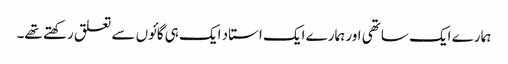
ہمارے ایک ساتھی اور ہمارے ایک استاد ایک ہی گائوں سے تعلق رکھتے تھے۔